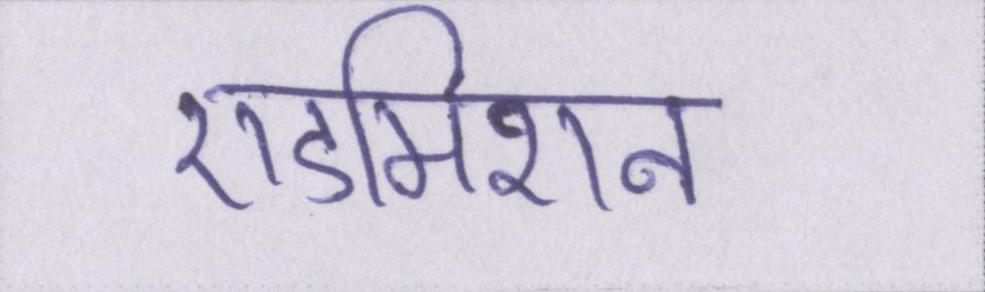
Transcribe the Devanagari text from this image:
एडमिशन